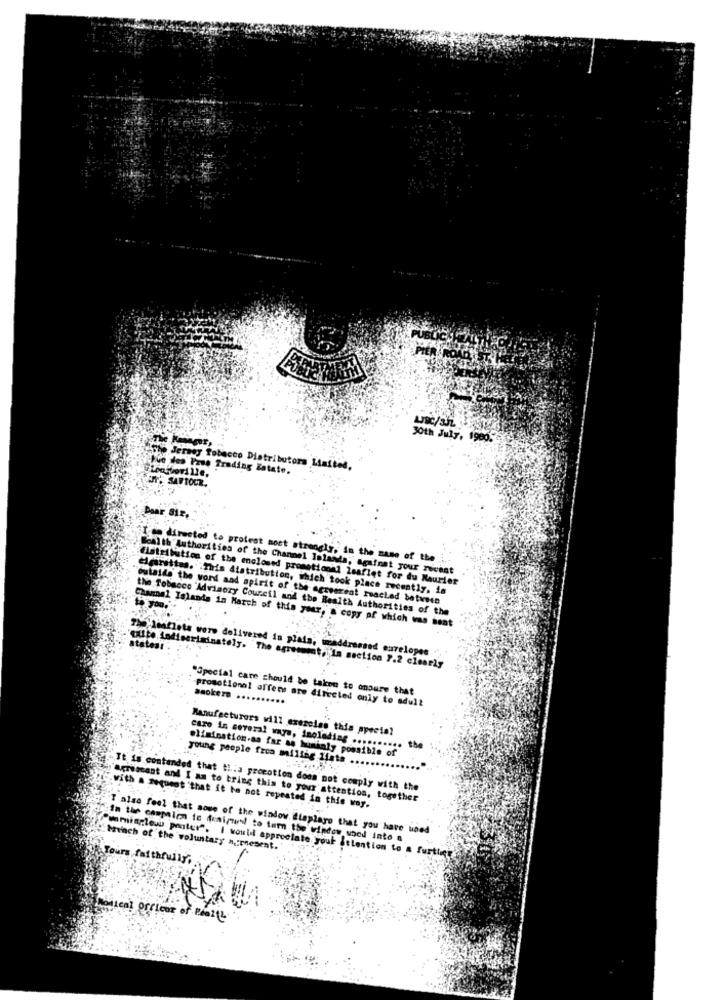
30th July, 19005
the Jersey Tobacco Distributors Limites,
we des Pres Trading Zatate,
UIT SAFTOUR.
Dear Sir.
I se directed to protest most strongly, in the name of the
Wealth Authorities of the Channel Islands, againat your revest
flatribution of the enclosed promotional leaflet for du Maurier
eiersttas. This Alatribution, which took place recently, in
outaide the word and spirit of the agreerent reacted between
the Tobacco "Advisory Council and the Health Authorities of the
Channel Islands in March of this year, a copy of which was sent
The leaflets were delivered in plata, waddressed envelopes ",
statens .
quite indiscriminately. The agreement, In section 7.2 clearly
"Special care should be taken to onaare that
saokers ....
promotional offers are directed only to adult
......
Manufacturers will exercise this special
caro in several ways, inoledias ..........
young people fra millag 1lata
elimination.as far as husialy possible of
It is contended that t !. a procotion does not comply with the
"arriscant and I am to tring this to your attention, together
with a request that it be not repeated in this way.
I also feel that aowe of the window. Steplago that you have uned
In the campaign to fialmond to tam the window wood into a
Punminglesw poater". I would appreciate your attention to a furtlig
"breach of the voluntary n .: resent.
Yours faithfully,
Monical Officor of Rea